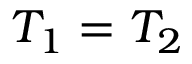
T _ { 1 } = T _ { 2 }